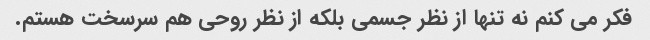
فکر می کنم نه تنها از نظر جسمی بلکه از نظر روحی هم سرسخت هستم.